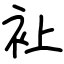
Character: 𧘕